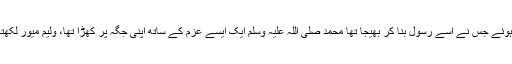
مگر اس خدا کی نصرت کے وعدوں پر کامل اعتماد رکھتے ہوئے جس نے اسے رسول بنا کر بھیجا تھا محمد صلی اللہ علیہ وسلم ایک ایسے عزم کے ساتھ اپنی جگہ پر کھڑا تھا، ولیم میور لکھتا ہے، کہ جسے کوئی چیز اپنی جگہ سے ہلا نہیں سکتی تھی۔